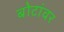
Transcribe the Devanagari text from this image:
बोटांवर